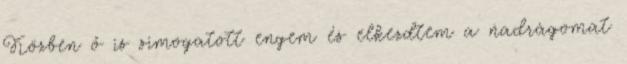
Közben ő is simogatott engem és elkezdtem a nadrágomat